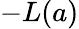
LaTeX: -L(a)